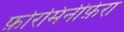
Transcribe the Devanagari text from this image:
फ़ोरमिनीफ़ेरा